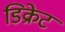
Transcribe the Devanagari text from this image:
डिक्रेट